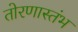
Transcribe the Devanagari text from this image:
तोरणास्तंभ